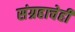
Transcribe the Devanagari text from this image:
संग्रहाचेही